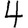
Digit: 4